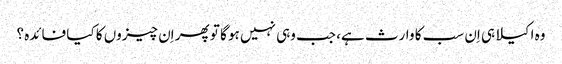
وہ اکیلا ہی اِن سب کا وارث ہے، جب وہی نہیں ہو گا تو پھر اِن چیزوں کا کیا فائدہ ؟